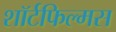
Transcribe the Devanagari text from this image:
शॉर्टफिल्मस